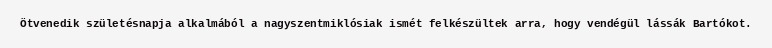
Ötvenedik születésnapja alkalmából a nagyszentmiklósiak ismét felkészültek arra, hogy vendégül lássák Bartókot.